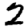
Digit: 2